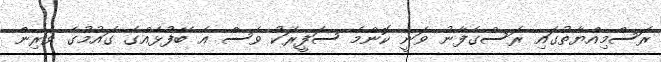
ރަސްމިއްޔާތުގައި ރަސްގެފާނު ވަނީ ކޮންމެ ސަފީރަކު ވެސް އެ ބޭފުޅެއްގެ ގައުމުގެ ވެރިން